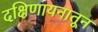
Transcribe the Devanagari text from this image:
दक्षिणायनातून